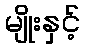
မျိုးနှင့်